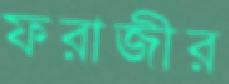
ফরাজীর